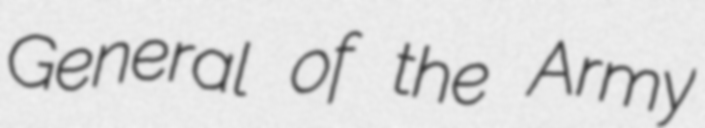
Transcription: General of the Army